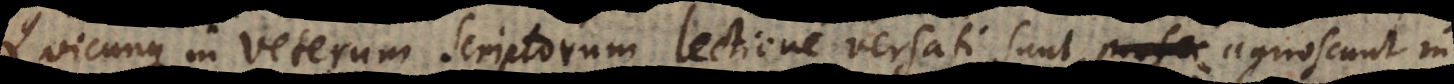
Quicunque in Veterum Scriptorum lectione versati sunt, agnoscunt in